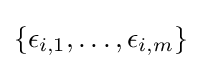
\{\epsilon _{i,1},\ldots ,\epsilon _{i,m}\}